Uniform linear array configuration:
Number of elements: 24
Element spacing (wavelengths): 0.75
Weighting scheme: cosine
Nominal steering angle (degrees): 15
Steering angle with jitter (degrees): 15.148
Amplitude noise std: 0.05
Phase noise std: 0.05

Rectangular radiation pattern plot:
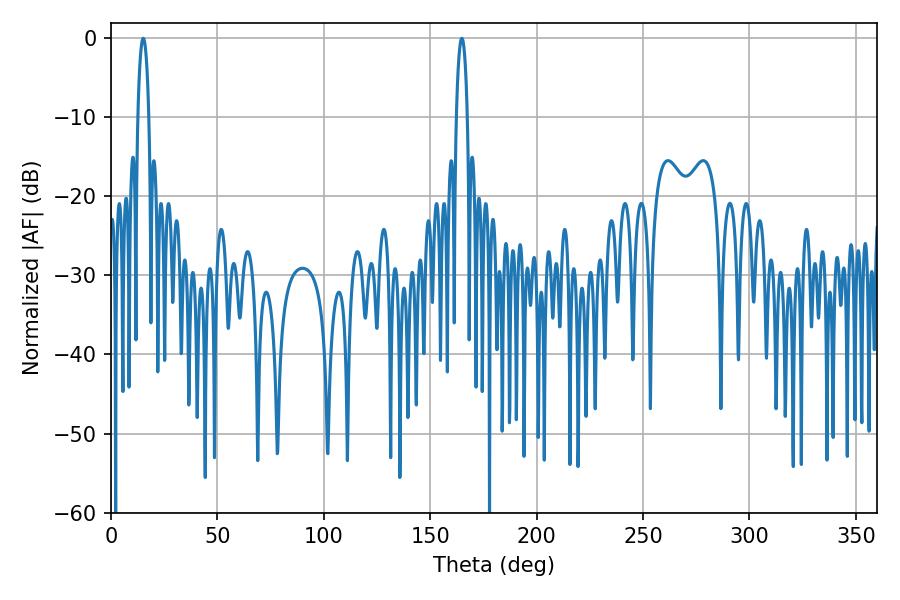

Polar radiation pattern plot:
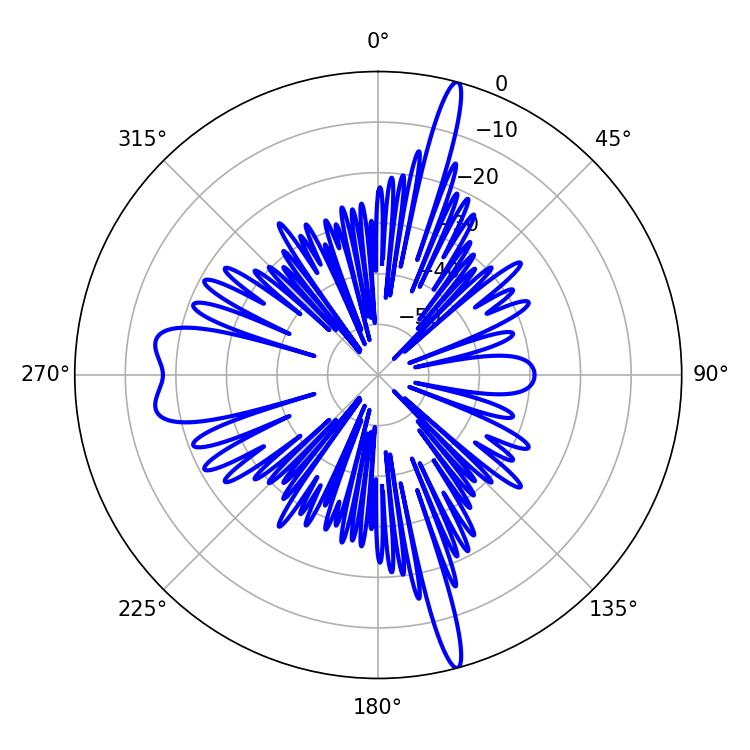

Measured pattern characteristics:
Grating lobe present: TRUE
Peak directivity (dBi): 20.567
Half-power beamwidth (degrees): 2.88
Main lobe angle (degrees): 164.88